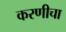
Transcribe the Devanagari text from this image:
करणीचा